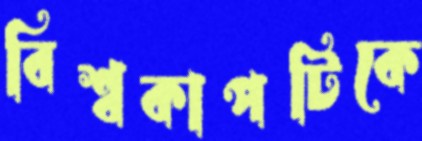
বিশ্বকাপটিকে